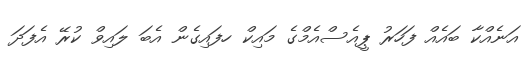
އަނެއްކާ ބައެއް ފަހަރު ޕީއެސްއެމްގެ މައިކް ހފައިގެން އެބަ ލައިވް ކުރޭ އެފަދަ